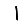
Digit: 1